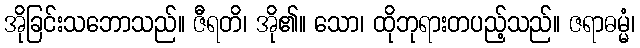
အိုခြင်းသဘောသည်။ ဇီရတိ၊ အို၏။ သော၊ ထိုဘုရားတပည့်သည်။ ဇရာဓမ္မံ၊